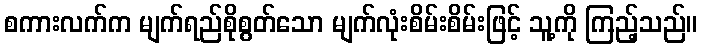
စကားလက်က မျက်ရည်စိုစွတ်သော မျက်လုံးစိမ်းစိမ်းဖြင့် သူ့ကို ကြည့်သည်။